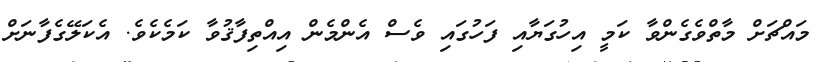
މައްޗަށް މާތްވެގެންވާ ކަމީ އިހުގަޔާއި ފަހުގައި ވެސް އެންމެން އިއްތިފާޤުވާ ކަމެކެވެ. އެކަލޭގެފާނަށް